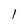
Character: 1